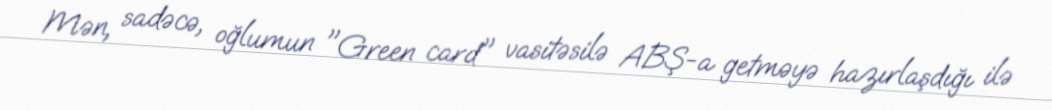
Mən, sadəcə, oğlumun "Green card" vasitəsilə ABŞ-a getməyə hazırlaşdığı ilə